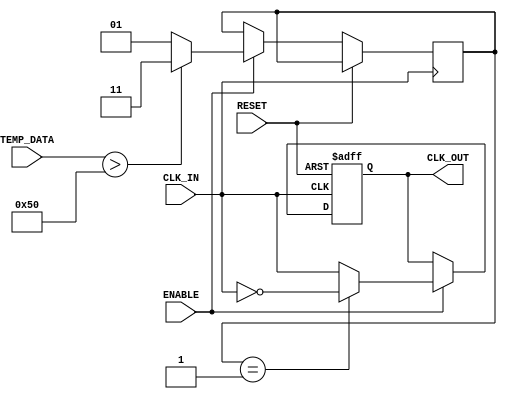
module TempCompClockBuffer (
    input wire CLK_IN,          // Input clock signal
    input wire [7:0] TEMP_DATA, // Temperature data from sensor (example: 8-bit ADC output)
    output reg CLK_OUT,         // Buffered clock output
    input wire ENABLE,          // Enable signal for the buffer
    input wire RESET            // Reset signal
);

// Parameters for temperature compensation
parameter TEMP_THRESHOLD = 8'h50; // Example threshold for temperature compensation
parameter HIGH_DRIVE = 2'b11;      // High drive strength setting
parameter LOW_DRIVE = 2'b01;       // Low drive strength setting

reg [1:0] drive_strength; // Drive strength control based on temperature

// Clock buffer logic
always @(posedge CLK_IN or posedge RESET) begin
    if (RESET) begin
        CLK_OUT <= 1'b0; // Reset output clock
    end else if (ENABLE) begin
        // Adjust drive strength based on temperature data
        if (TEMP_DATA > TEMP_THRESHOLD) begin
            drive_strength <= HIGH_DRIVE; // High drive for high temperature
        end else begin
            drive_strength <= LOW_DRIVE; // Low drive for low temperature
        end
        
        // Generate buffered clock signal with adjusted drive strength
        case (drive_strength)
            HIGH_DRIVE: CLK_OUT <= CLK_IN; // Directly pass through for high drive
            LOW_DRIVE: CLK_OUT <= ~CLK_IN;  // Invert for low drive (example behavior)
            default: CLK_OUT <= CLK_IN;      // Default case
        endcase
    end
end

endmodule